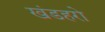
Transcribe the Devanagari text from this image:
खंडहरो